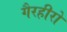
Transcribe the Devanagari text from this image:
गैरहीरो